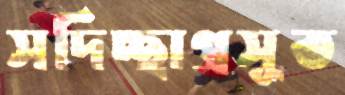
সদিচ্ছাপ্রসূত